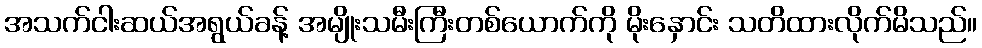
အသက်ငါးဆယ်အရွယ်ခန့် အမျိုးသမီးကြီးတစ်ယောက်ကို မိုးနှောင်း သတိထားလိုက်မိသည်။